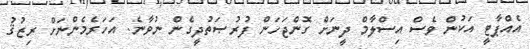
އެއްޕާޓީ އަކުން ވެސް އިސްލާމް ދީނަށް ގޮންޖަހަން ފުރުޞަތުދީގެން ނުވާނެ. އަހަރެމެންނަށް ރިޒުޤު